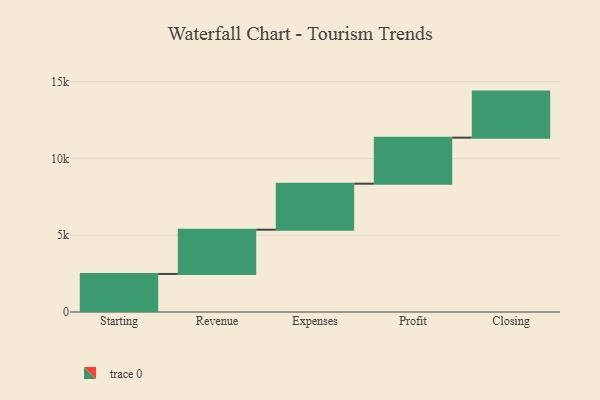
{"axis": {"x": "Step", "y": "Value"}, "legend": [""], "data": [{"x": "Starting", "y": 2479.0, "type": ""}, {"x": "Revenue", "y": 2882.0, "type": ""}, {"x": "Expenses", "y": 3000, "type": ""}, {"x": "Profit", "y": 3000, "type": ""}, {"x": "Closing", "y": 3000, "type": ""}]}